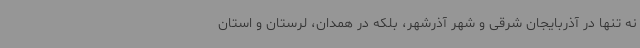
نه تنها در آذربایجان شرقی و شهر آذرشهر، بلکه در همدان، لرستان و استان